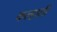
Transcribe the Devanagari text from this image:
कल्हाली